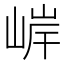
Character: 𫶂